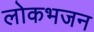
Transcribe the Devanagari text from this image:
लोकभजन